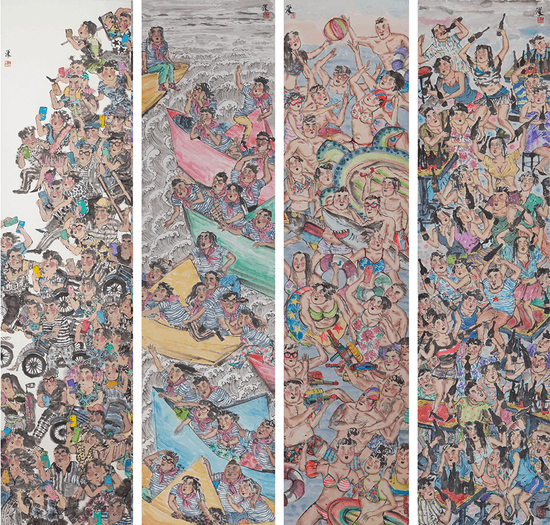
眼觑着灾伤教我没是处，只落得雪满头颅。